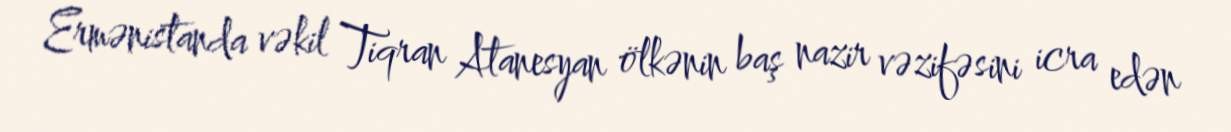
Ermənistanda vəkil Tiqran Atanesyan ölkənin baş nazir vəzifəsini icra edən